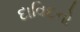
દાવિદનો